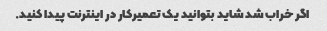
اگر خراب شد شاید بتوانید یک تعمیرکار در اینترنت پیدا کنید.